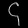
Digit: ၄